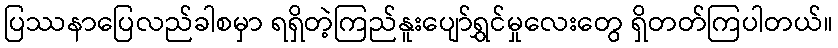
ပြဿနာပြေလည်ခါစမှာ ရရှိတဲ့ကြည်နူးပျော်ရွှင်မှုလေးတွေ ရှိတတ်ကြပါတယ်။